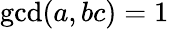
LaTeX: \operatorname*{gcd}(a,bc)=1